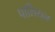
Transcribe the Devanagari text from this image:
पालियन